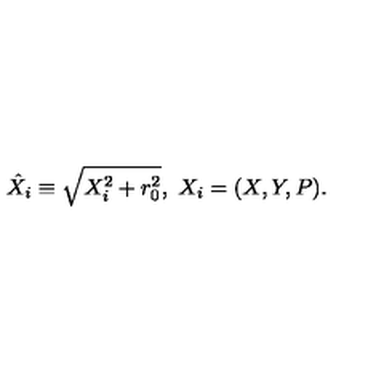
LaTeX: \hat { X } _ { i } \equiv \sqrt { X _ { i } ^ { 2 } + r _ { 0 } ^ { 2 } } , \ X _ { i } = ( X , Y , P ) .